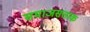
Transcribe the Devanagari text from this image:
समाजसत्ताक